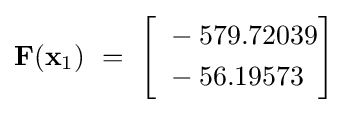
\mathbf {F} (\mathbf {x} _{1})~=~{\begin{bmatrix}{\begin{aligned}~&-579.72039\\~&-56.19573\end{aligned}}\end{bmatrix}}